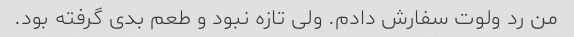
من رد ولوت سفارش دادم. ولی تازه نبود و طعم بدی گرفته بود.